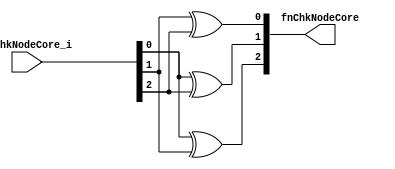
//
// Generated by Bluespec Compiler, version 2018.10.beta1 (build e1df8052c, 2018-10-17)
//
// On Sat Apr 27 13:13:11 IST 2019
//
//
// Ports:
// Name                         I/O  size props
// fnChkNodeCore                  O     3
// fnChkNodeCore_i                I     3
//
// Combinational paths from inputs to outputs:
//   fnChkNodeCore_i -> fnChkNodeCore
//
//

`ifdef BSV_ASSIGNMENT_DELAY
`else
  `define BSV_ASSIGNMENT_DELAY
`endif

`ifdef BSV_POSITIVE_RESET
  `define BSV_RESET_VALUE 1'b1
  `define BSV_RESET_EDGE posedge
`else
  `define BSV_RESET_VALUE 1'b0
  `define BSV_RESET_EDGE negedge
`endif

module module_fnChkNodeCore(fnChkNodeCore_i,
			    fnChkNodeCore);
  // value method fnChkNodeCore
  input  [2 : 0] fnChkNodeCore_i;
  output [2 : 0] fnChkNodeCore;

  // signals for module outputs
  wire [2 : 0] fnChkNodeCore;

  // value method fnChkNodeCore
  assign fnChkNodeCore =
	     { fnChkNodeCore_i[0] ^ fnChkNodeCore_i[1],
	       fnChkNodeCore_i[0] ^ fnChkNodeCore_i[2],
	       fnChkNodeCore_i[1] ^ fnChkNodeCore_i[2] } ;
endmodule  // module_fnChkNodeCore